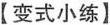
【变式小练】